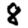
Digit: 8